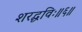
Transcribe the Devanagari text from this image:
शरद्धविः॥६॥